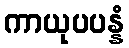
ကာယုပပန္နံ